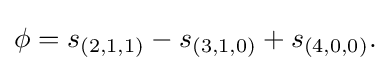
\phi =s_{(2,1,1)}-s_{(3,1,0)}+s_{(4,0,0)}.\,\!